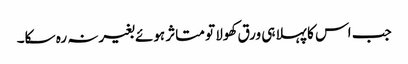
جب اس کا پہلا ہی ورق کھولا تو متاثر ہوئے بغیرنہ رہ سکا۔